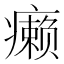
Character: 癞